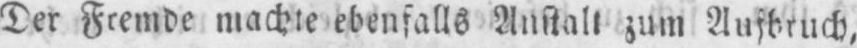
Der Fremde machte ebenfalls Anstalt zum Aufbruch,